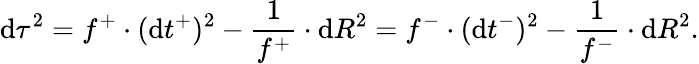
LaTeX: \mathrm{d}\tau^{2}=f^{+}\cdot(\mathrm{d}t^{+})^{2}-\frac{{1}}{{f^{+}}}\cdot\mathrm{d}R^{2}=f^{-}\cdot(\mathrm{d}t^{-})^{2}-\frac{{1}}{{f^{-}}}\cdot\mathrm{d}R^{2}.